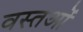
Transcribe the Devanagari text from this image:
वस्‍तओं